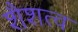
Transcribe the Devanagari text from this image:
शैशत्व